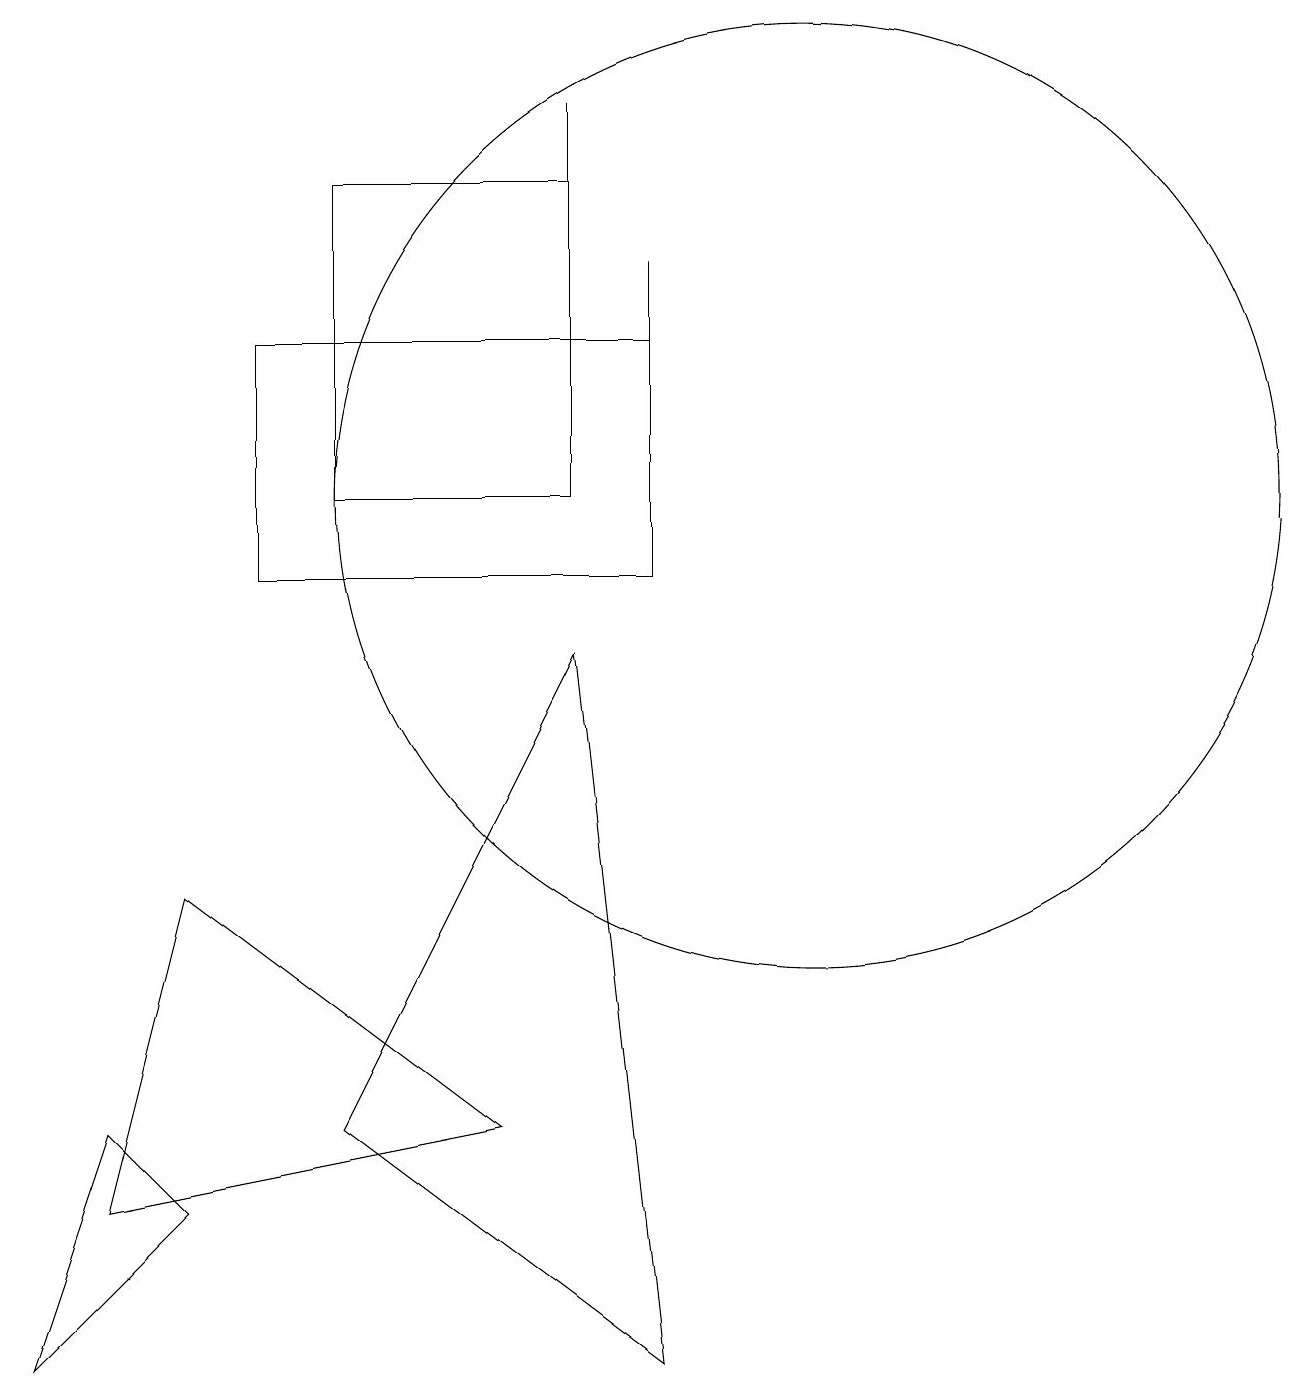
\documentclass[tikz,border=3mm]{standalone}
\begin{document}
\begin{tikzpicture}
\draw (1,2) -- (6,3) -- (2,6) -- cycle;
\draw (8,10) rectangle (8,14);
\draw (8,0) -- (4,3) -- (7,9) -- cycle;
\draw (1,3) -- (2,2) -- (0,0) -- cycle;
\draw (10,11) circle (6);
\draw (7,12) rectangle (7,16);
\draw (8,10) rectangle (3,13);
\draw (7,15) rectangle (4,11);
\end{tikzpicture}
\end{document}